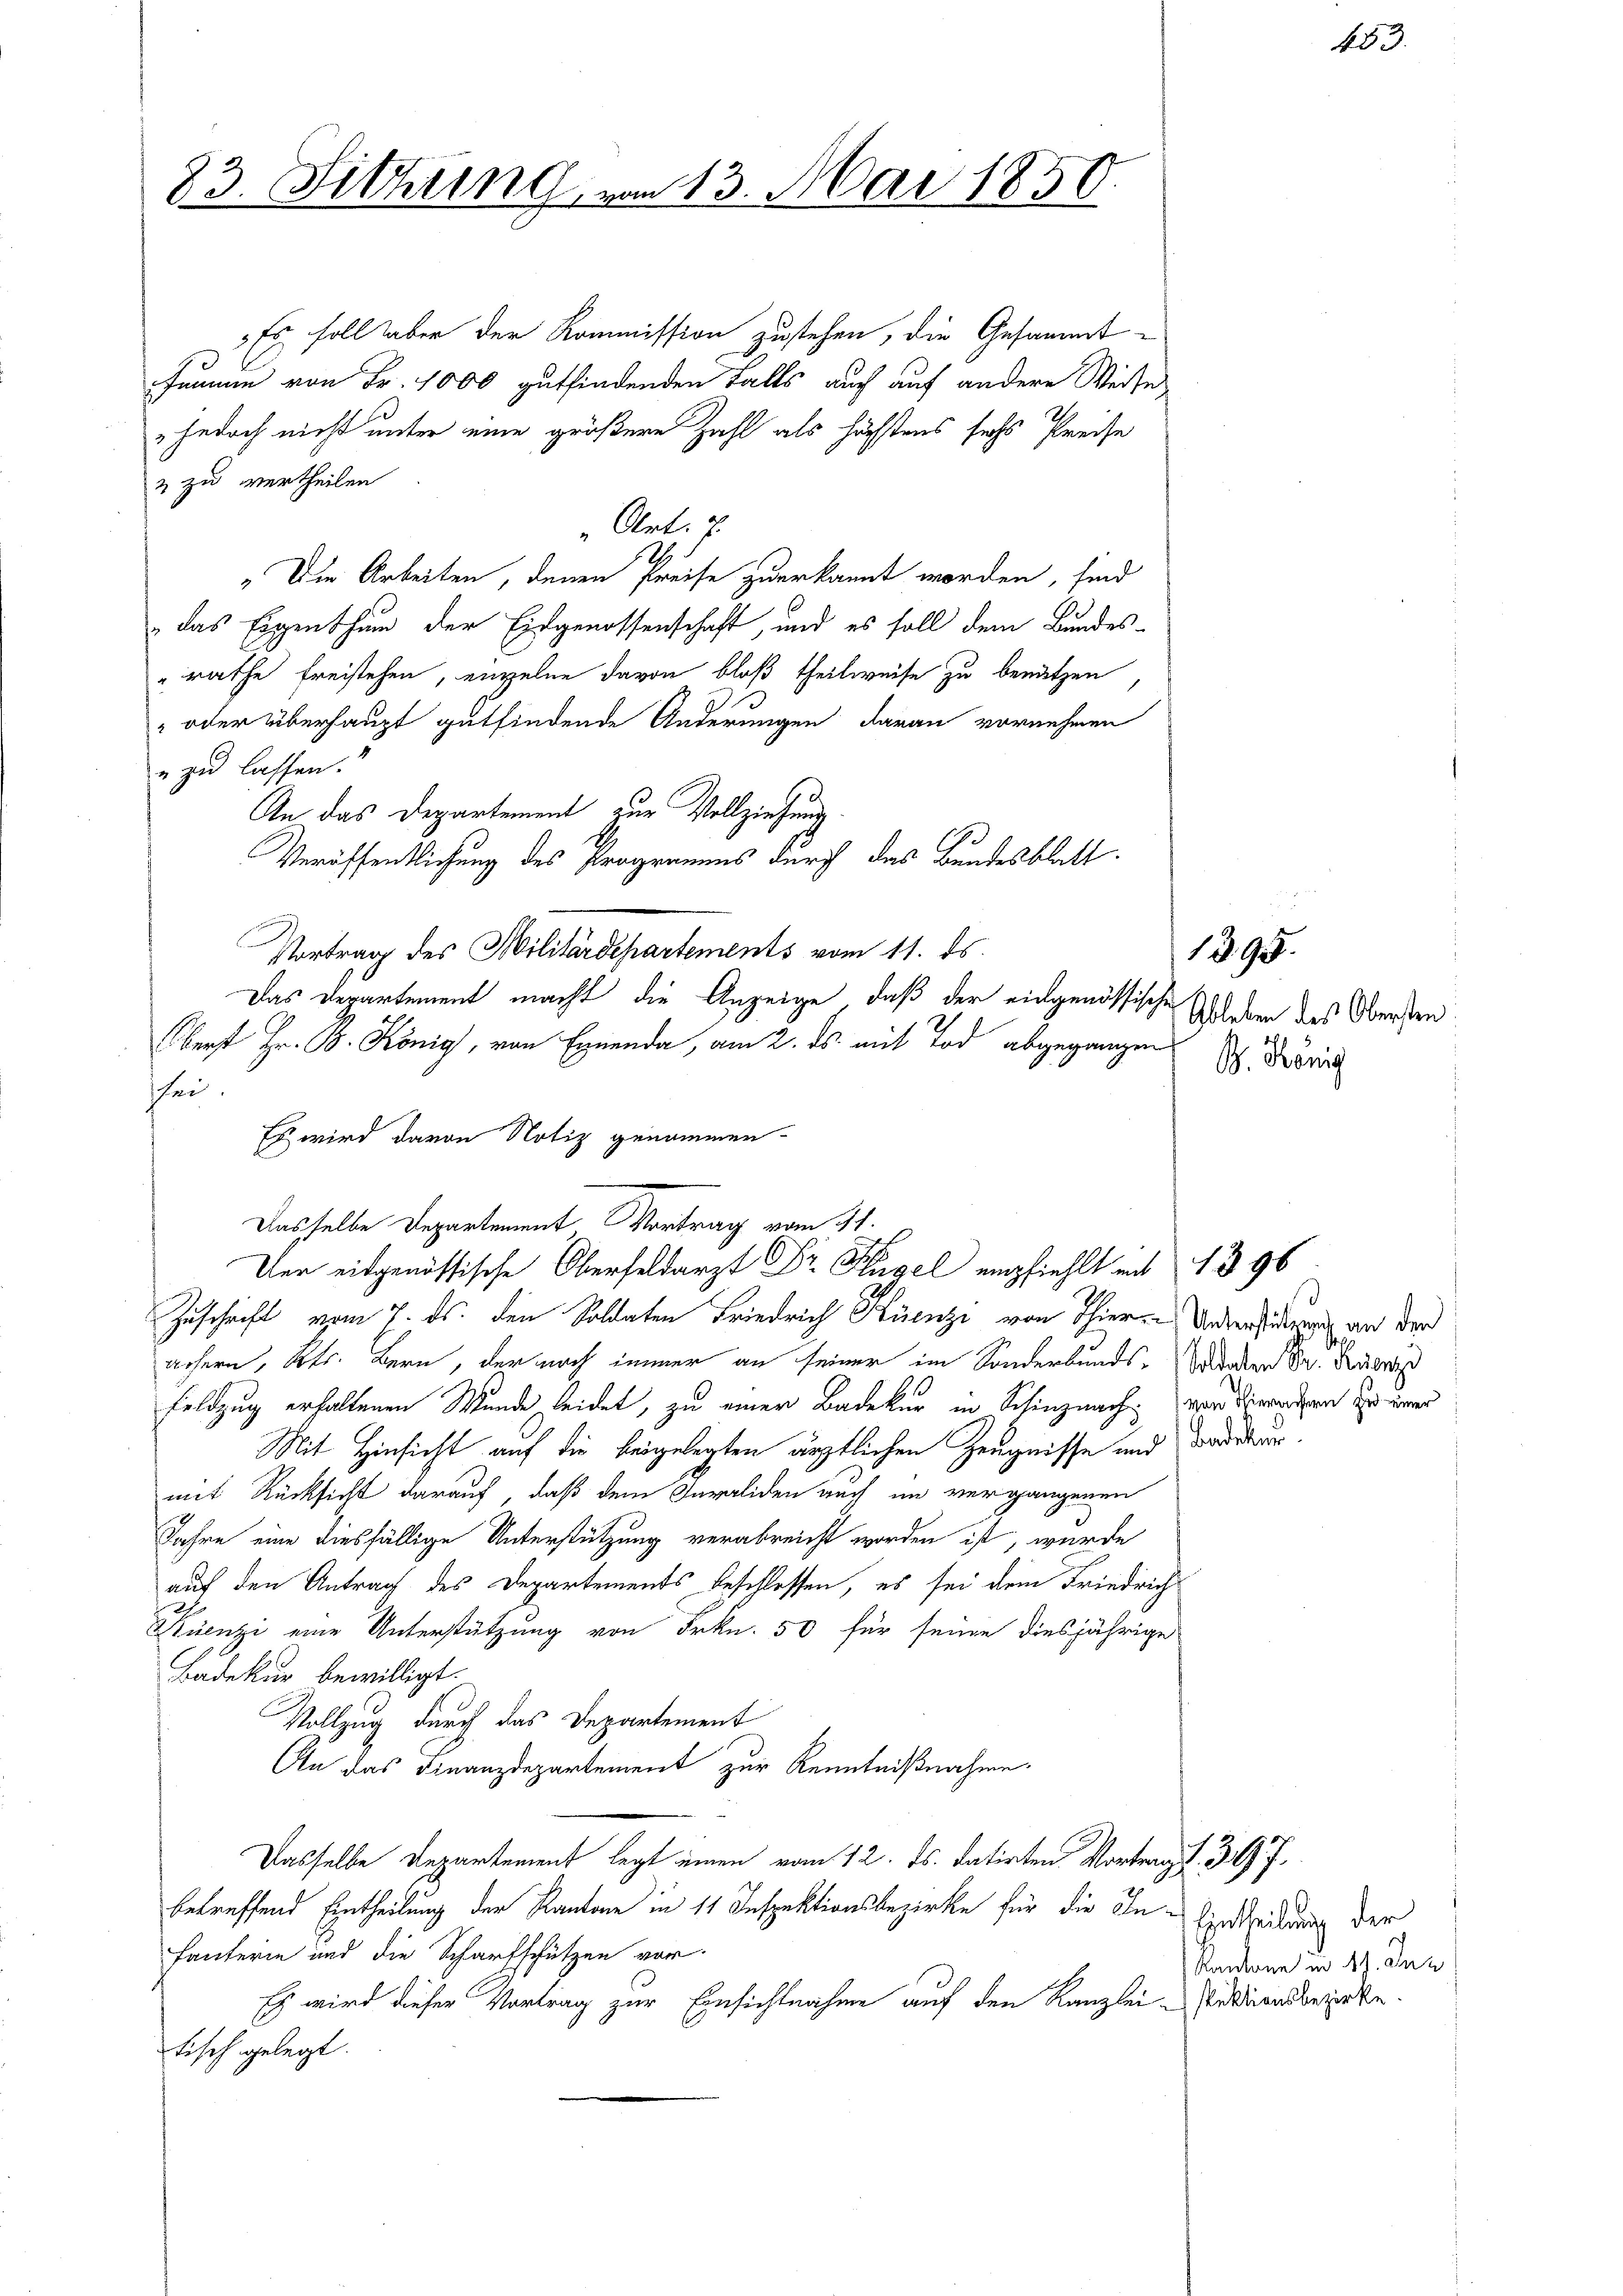
83. Sitzung.

an 13. Mai 1850.

Es soll aber der Kommission zustehen, die Gesammt¬
Jammen von Fr. 1000 gutfindenden Falls auch auf andere Weise
jedoch nicht unter eine größere Zahl als höchstens sechs Preise
& zu vertheilen
Art. 2
„Die Arbeiten, denen Preise zuerkannt worden, sind
A
das Eigenthum der Eidgenossenschaft, und es soll dem Bundes-
"rathe freistehen, einzelne davon bloß theilweise zu benützen
 oder überhaupt gutfindende Änderungen daran vornehmen
„zu lassen.
An das Departement zur Vollziehung
Veröffentlichung des Programms durch das Bundesblatt
Vortrag des Militärdepartements vom 11. ds.
Das Departement macht die Anzeige, daß der eingenössischen
berst Hr. B. König, von Ennenda, am 2. ds. mit Tod abgegangen (s. König
sei.
Zuschrift vom 7. ds. den Soldaten Friedrich Künzi von Thier Untersuchung an der
arsern, Kts. Bern, der noch immer an seiner im Sonderbunds- Wanden Sr. Käswas
feldzug erhaltenen Wunde leidet, zu einer Badeker in Schinznach war erwarten zu einer
Mit Hinsicht auf die beigelegten ärztlichen Zeugnisse und Badstur.
mit Rücksicht darauf, daß dem Invaliden auch im vergangenen
Jahre eine diesfällige Unterstützung verabreicht worden ist, wurde
auf den Antrag des Departements beschlossen, es sei dem Friedrich
Kienzi eine Unterstützung von Frkn. 50 für seine diesjährige
Bädekur bewilligt.
Vollzug durch das Departement
An das Finanzdepartement zur Kenntnißnahme.
Dasselbe Departement legt einen vom 12. ds. datirten Vortrag d. 307.
betreffend Eintheilung der Kantone in 11 Inspektionsbezirke für die Ihn - Eintheilung der
fanterie und die Scharfschützen vor
Es wird dieser Vortrag zur Einsichtnahme auf den Kanzlei-Pertionsbezirke.
Tisch gelegt.

Es wird davon Notiz genommen.
Dasselbe Departement Vortrag vom 11.
Uer eidgenössische Oberfeldarzt Dr Flügel empfiehlt mit 1396

Ableben des Obersten

1395.

403.

Kantone in 4. Dez